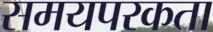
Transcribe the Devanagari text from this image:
समयपरकता